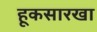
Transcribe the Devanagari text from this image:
हूकसारखा